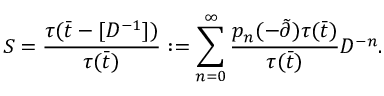
S = \frac { \tau ( \bar { t } - [ D ^ { - 1 } ] ) } { \tau ( \bar { t } ) } : = \sum _ { n = 0 } ^ { \infty } \frac { p _ { n } ( - \tilde { \partial } ) \tau ( \bar { t } ) } { \tau ( \bar { t } ) } D ^ { - n } .